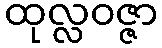
ထုလ္လဝဇ္ဇာ